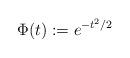
LaTeX: \begin{align*}\Phi(t) := e^{-t^2/2}\end{align*}